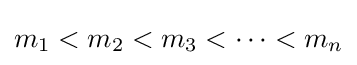
m_{1}<m_{2}<m_{3}<\cdots <m_{n}